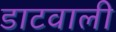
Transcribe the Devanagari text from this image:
डाटवाली